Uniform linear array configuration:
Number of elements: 16
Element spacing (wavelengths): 1
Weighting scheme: cosine
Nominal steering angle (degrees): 60
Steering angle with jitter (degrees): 58.578
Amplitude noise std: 0.05
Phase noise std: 0.05

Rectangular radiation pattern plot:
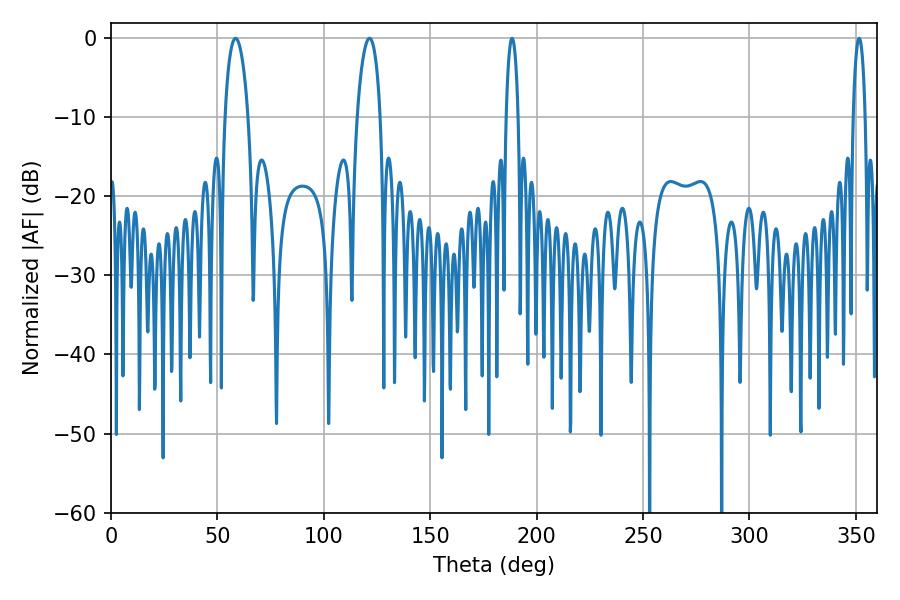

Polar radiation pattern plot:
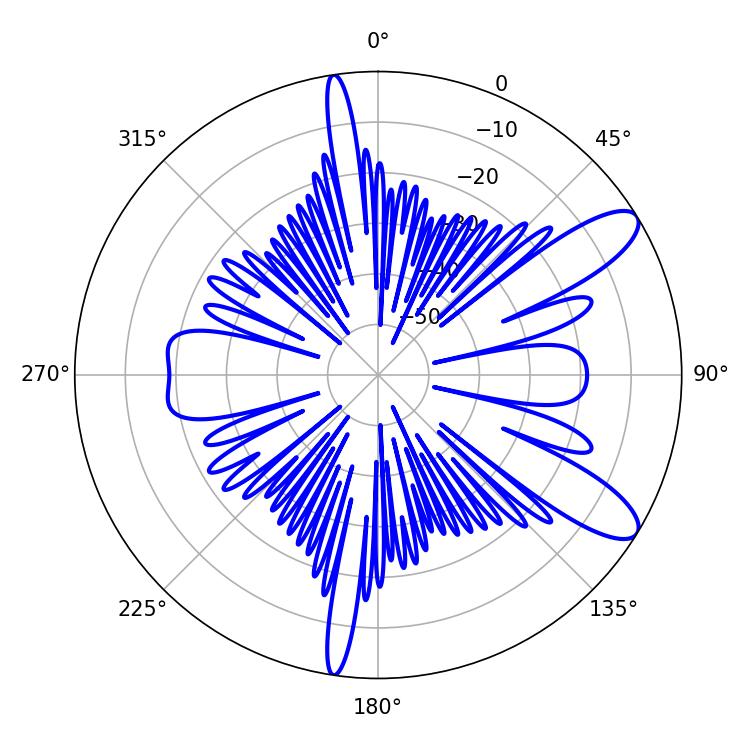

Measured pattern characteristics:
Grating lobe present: TRUE
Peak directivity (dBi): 10.478
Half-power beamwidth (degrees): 3.24
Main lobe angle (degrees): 188.46